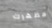
مظهرك